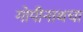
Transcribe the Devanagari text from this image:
गोपीनाथचा